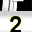
Digit: 2